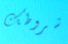
شروطك